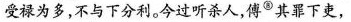
受禄为多，不与下分利。今过听杀人，傅^{⑧}其罪下吏，